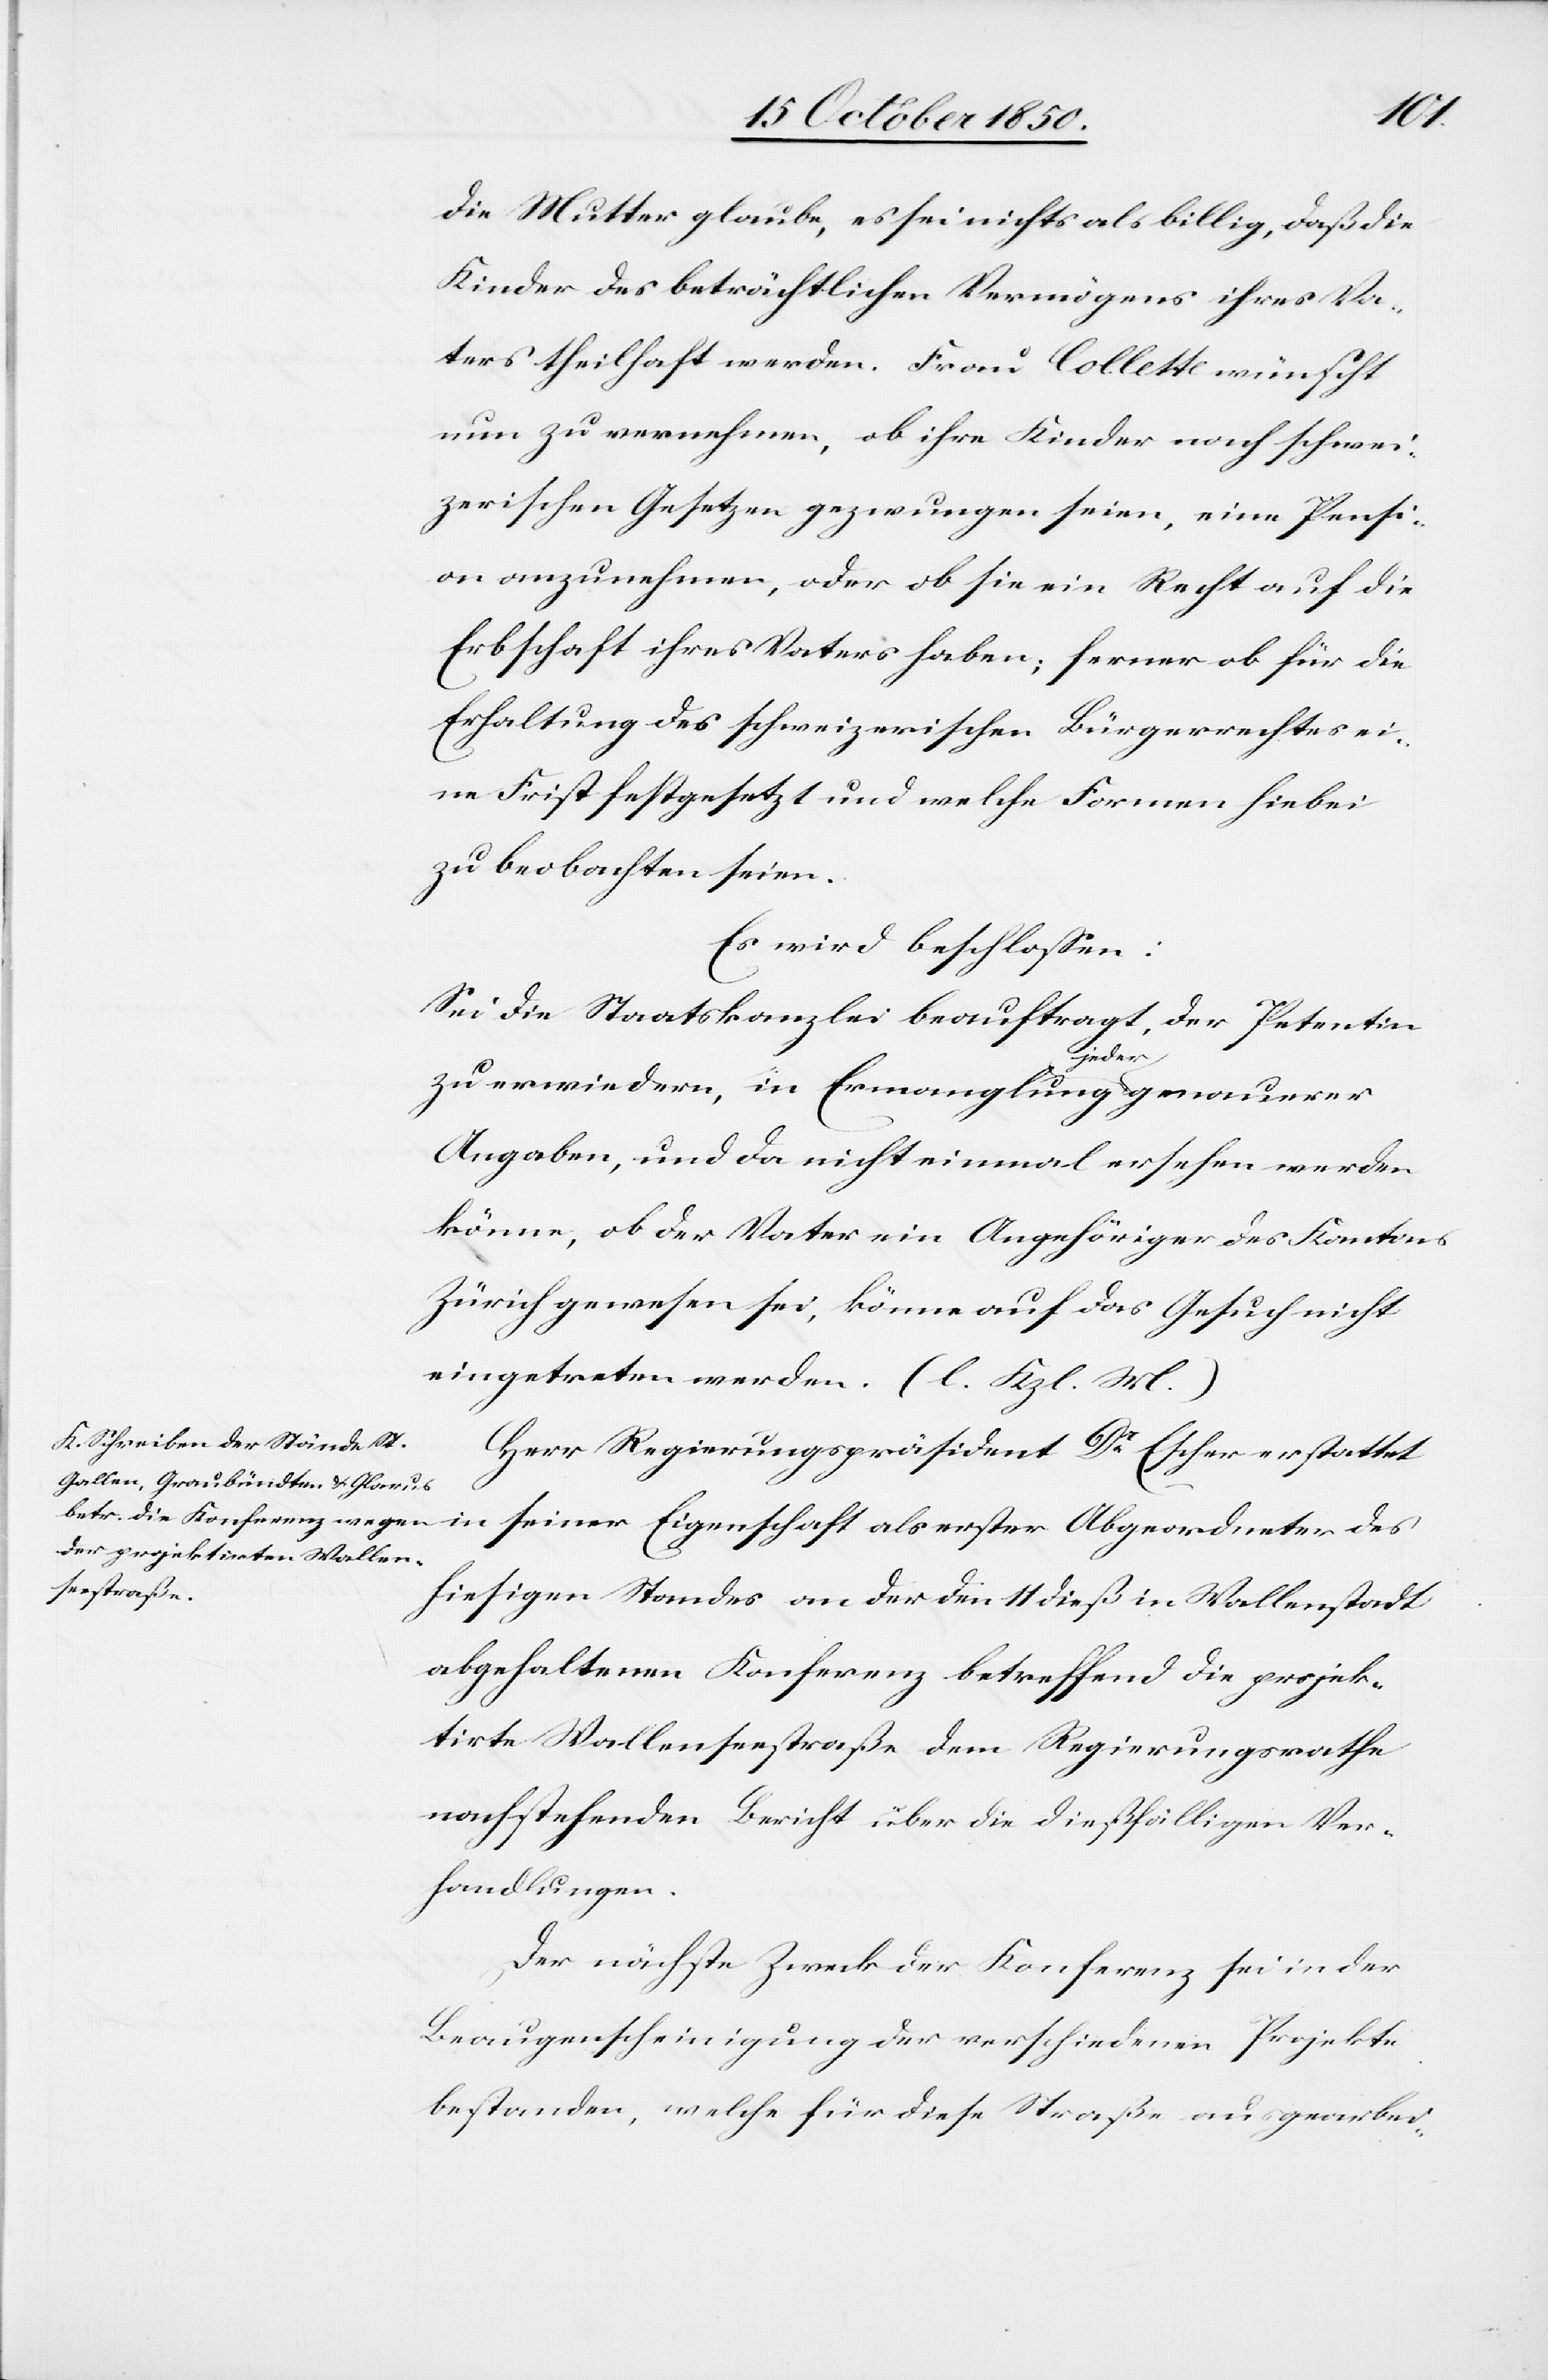
die Mutter glaube, es sei nichts als billig, daß die
Kinder des beträchtlichen Vermögens ihres Va¬
ters theilhaft werden. Frau Collette wünscht
nun zu vernehmen, ob ihre Kinder nach schwei¬
zerischen Gesetzen gezwungen seien, eine Pensi¬
on anzunehmen, oder ob sie ein Recht auf die
Erbschaft ihres Vaters haben; ferner ob für die
Erhaltung des schweizerischen Bürgerrechtes ei¬
ne Frist festgesetzt und welche Formen hiebei
zu beobachten seien.
Es wird beschlossen:
Sei die Staatskanzlei beauftragt, der Petentin
zu erwiedern, in Ermanglung jeder genauerer
Angaben, und da nicht einmal ersehen werden
könne, ob der Vater ein Angehöriger des Kantons
Zürich gewesen sei, könne auf das Gesuch nicht
eingetreten werden. (l. Kzl. M.)
Herr Regierungspräsident Dr Escher erstattet
in seiner Eigenschaft als erster Abgeordneter des
hiesigen Standes an der den 11 dieß in Wallenstadt
abgehaltenen Konferenz betreffend die projek¬
tirte Wallenseestraße dem Regierungsrathe
nachstehenden Bericht über die dießfälligen Ver¬
handlungen.
Der nächste Zweck der Konferenz sei in der
Beaugenscheinigung der verschiedenen Projekte
bestanden, welche für diese Straße ausgearbei-